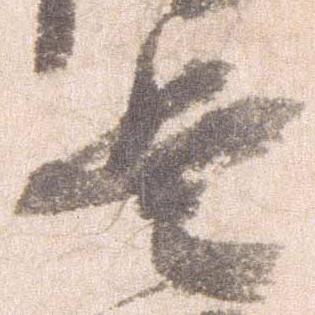
兵